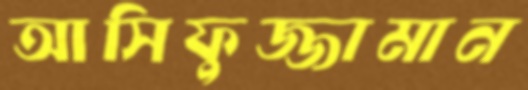
আসিফুজ্জামান